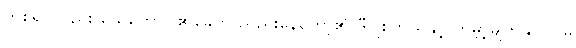
တစ်ရပ်လည်း ယေဟောဝါ၏ခေတ် ညည်းနေတော့၏ ဒီဂျစ်တယ်နှင့် ကမ္ဘာ့မျက်နှာပြင်မှ